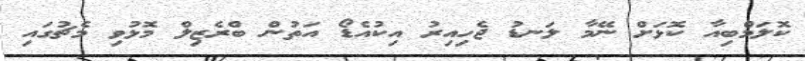
ކޮލަމްބިއާ ކޮޅަށް ނޭމާ ލަނޑު ޖެހިއިރު އިކުއެޑޯ އަތުން ބްރެޒިލް މޮޅުވި މެޗުގައި